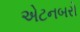
એટનબરો